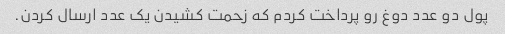
پول دو عدد دوغ رو پرداخت کردم که زحمت کشیدن یک عدد ارسال کردن.